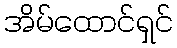
အိမ်ထောင်ရှင်